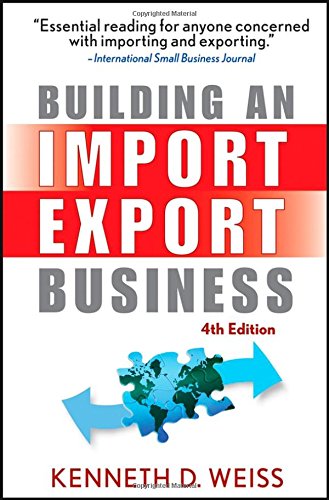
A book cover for Building an Import / Export Business; Kenneth D. Weiss; Business & Money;